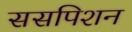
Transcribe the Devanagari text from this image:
ससपिशन